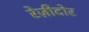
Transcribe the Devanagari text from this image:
रेज़ीदोर